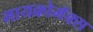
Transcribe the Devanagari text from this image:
मायक्रोमॅक्स